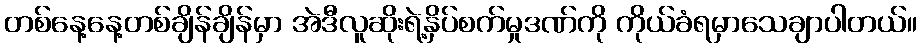
တစ်နေ့နေ့တစ်ချိန်ချိန်မှာ အဲဒီလူဆိုးရဲ့နှိပ်စက်မှုဒဏ်ကို ကိုယ်ခံရမှာသေချာပါတယ်။